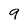
Character: 9